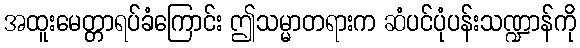
အထူးမေတ္တာရပ်ခံကြောင်း ဤသမ္မာတရားက ဆံပင်ပုံပန်းသဏ္ဍာန်ကို